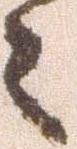
々